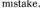
mistake.